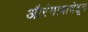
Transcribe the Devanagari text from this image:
औरंगाबादेहून